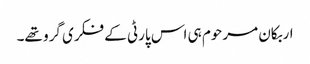
اربکان مرحوم ہی اس پارٹی کے فکری گرو تھے۔